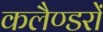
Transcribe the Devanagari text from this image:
कलैण्डरों